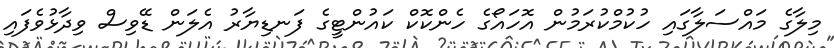
މިލާގެ މައްސަލާގައި ހުކުމްކުރަމުން އޮހައޯގެ ހެންކޮކް ކައުންޓީގެ ފަނޑިޔާރު އެލަން ޑޭވިސް ވިދާޅުވެފައި